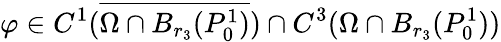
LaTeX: \varphi\in C^{1}(\overline{{\Omega\cap B_{r_{3}}(P_{0}^{1})}})\cap C^{3}({\Omega\cap B_{r_{3}}(P_{0}^{1})})